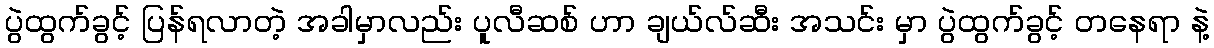
ပွဲထွက်ခွင့် ပြန်ရလာတဲ့ အခါမှာလည်း ပူလီဆစ် ဟာ ချယ်လ်ဆီး အသင်း မှာ ပွဲထွက်ခွင့် တနေရာ နဲ့